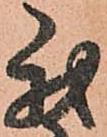
我